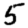
Digit: 5